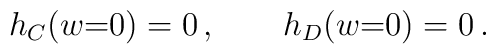
h_C(w{=}0) = 0\,, \qquad h_D(w{=}0) = 0\,.